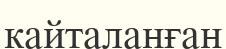
кайталанған